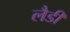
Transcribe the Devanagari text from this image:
लैडी